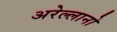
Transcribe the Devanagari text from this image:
अरेल्लानो